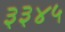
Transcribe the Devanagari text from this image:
३३४५